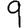
Digit: 9